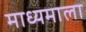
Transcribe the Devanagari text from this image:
माध्यमाला